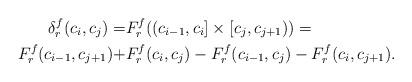
LaTeX: \begin{align*} \begin{aligned}\delta^{f}_r(c_i,c_j)= &F^f_r((c_{i-1}, c_i]\times [c_j, c_{j+1}))= \\ F^f_r (c_{i-1}, c_{j+1}) + & F^f_r (c_{i}, c_{j})- F^f_r (c_{i-1}, c_{j})- F^f_r (c_{i}, c_{j+1}).\end{aligned}\end{align*}